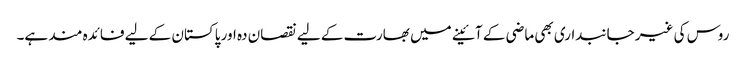
روس کی غیر جانبداری بھی ماضی کے آئینے میں بھارت کے لیے نقصان دہ اور پاکستان کے لیے فائدہ مند ہے۔